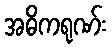
အဓိကရုဏ်း